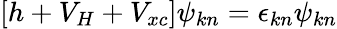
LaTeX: [h+V_{H}+V_{xc}]\psi_{kn}=\epsilon_{kn}\psi_{kn}